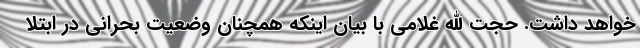
خواهد داشت. حجت الله غلامی با بیان اینکه همچنان وضعیت بحرانی در ابتلا